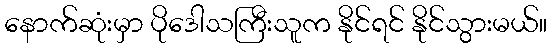
နောက်ဆုံးမှာ ပိုဒေါသကြီးသူက နိုင်ရင် နိုင်သွားမယ်။